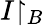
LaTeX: I{\upharpoonright_{B}}